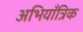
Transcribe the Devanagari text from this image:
अभियाँत्रिक